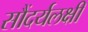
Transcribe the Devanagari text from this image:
सौंदर्यलक्षी